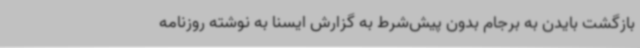
بازگشت بایدن به برجام بدون پیش‌شرط به گزارش ایسنا به نوشته روزنامه